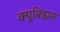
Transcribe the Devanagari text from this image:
क्युबिझम